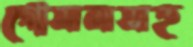
গোসলসহ